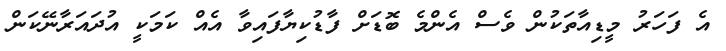
އެ ފަހަރު މީޑިއާތަކުން ވެސް އެންމެ ބޮޑަށް ފާޑުކިޔާފައިވާ އެއް ކަމަކީ އުދައަރާނޭކަން